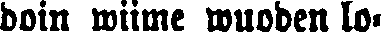
doin wiime wuoden lo-